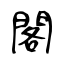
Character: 閣